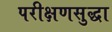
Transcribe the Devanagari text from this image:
परीक्षणसुद्धा